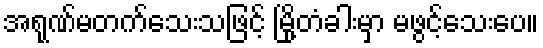
အရုဏ်မတက်သေးသဖြင့် မြို့တံခါးမှာ မဖွင့်သေးပေ။